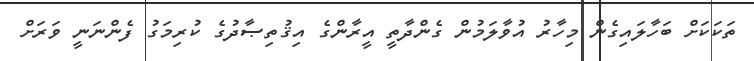
ތަކަކަށް ބަހާލައިގެން މިހާރު އުވާލަމުން ގެންދާތީ އީރާންގެ އިޤުތިޞާދުގެ ކުރިމަގު ފެންނަނީ ވަރަށް